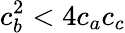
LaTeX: c_{b}^{2}<4c_{a}c_{c}